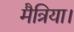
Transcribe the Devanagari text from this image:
मैत्रिया।